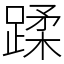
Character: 蹂